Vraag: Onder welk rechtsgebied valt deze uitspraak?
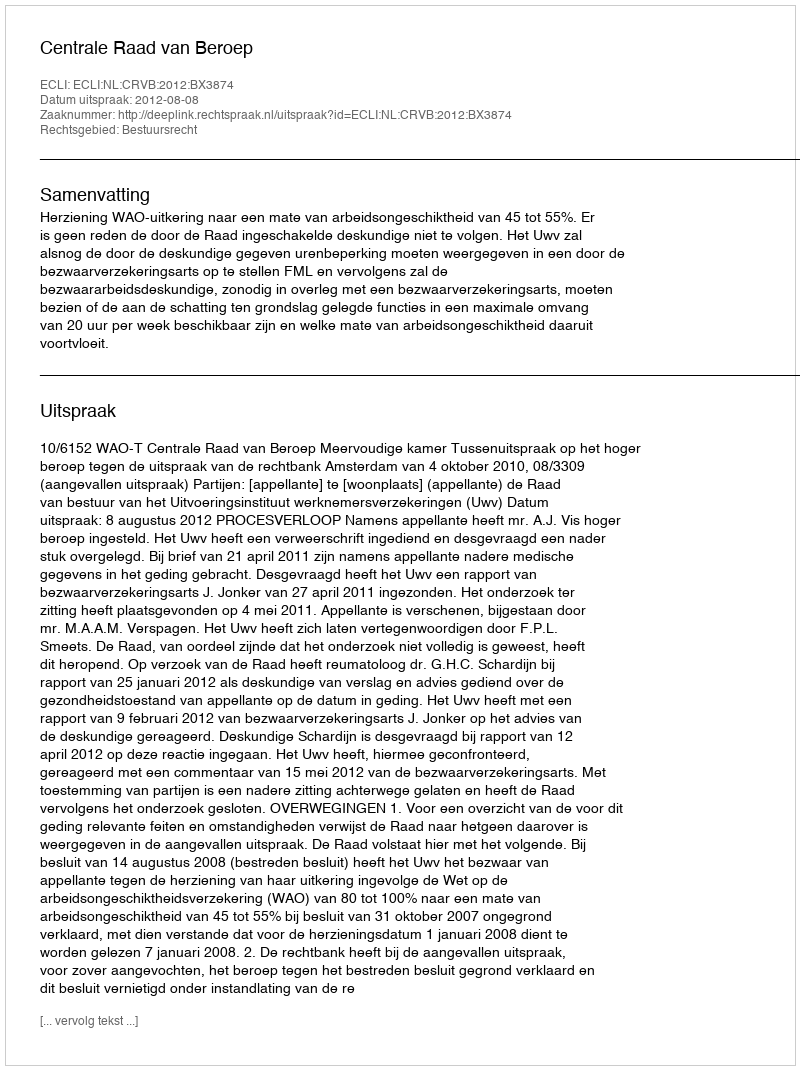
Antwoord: Bestuursrecht